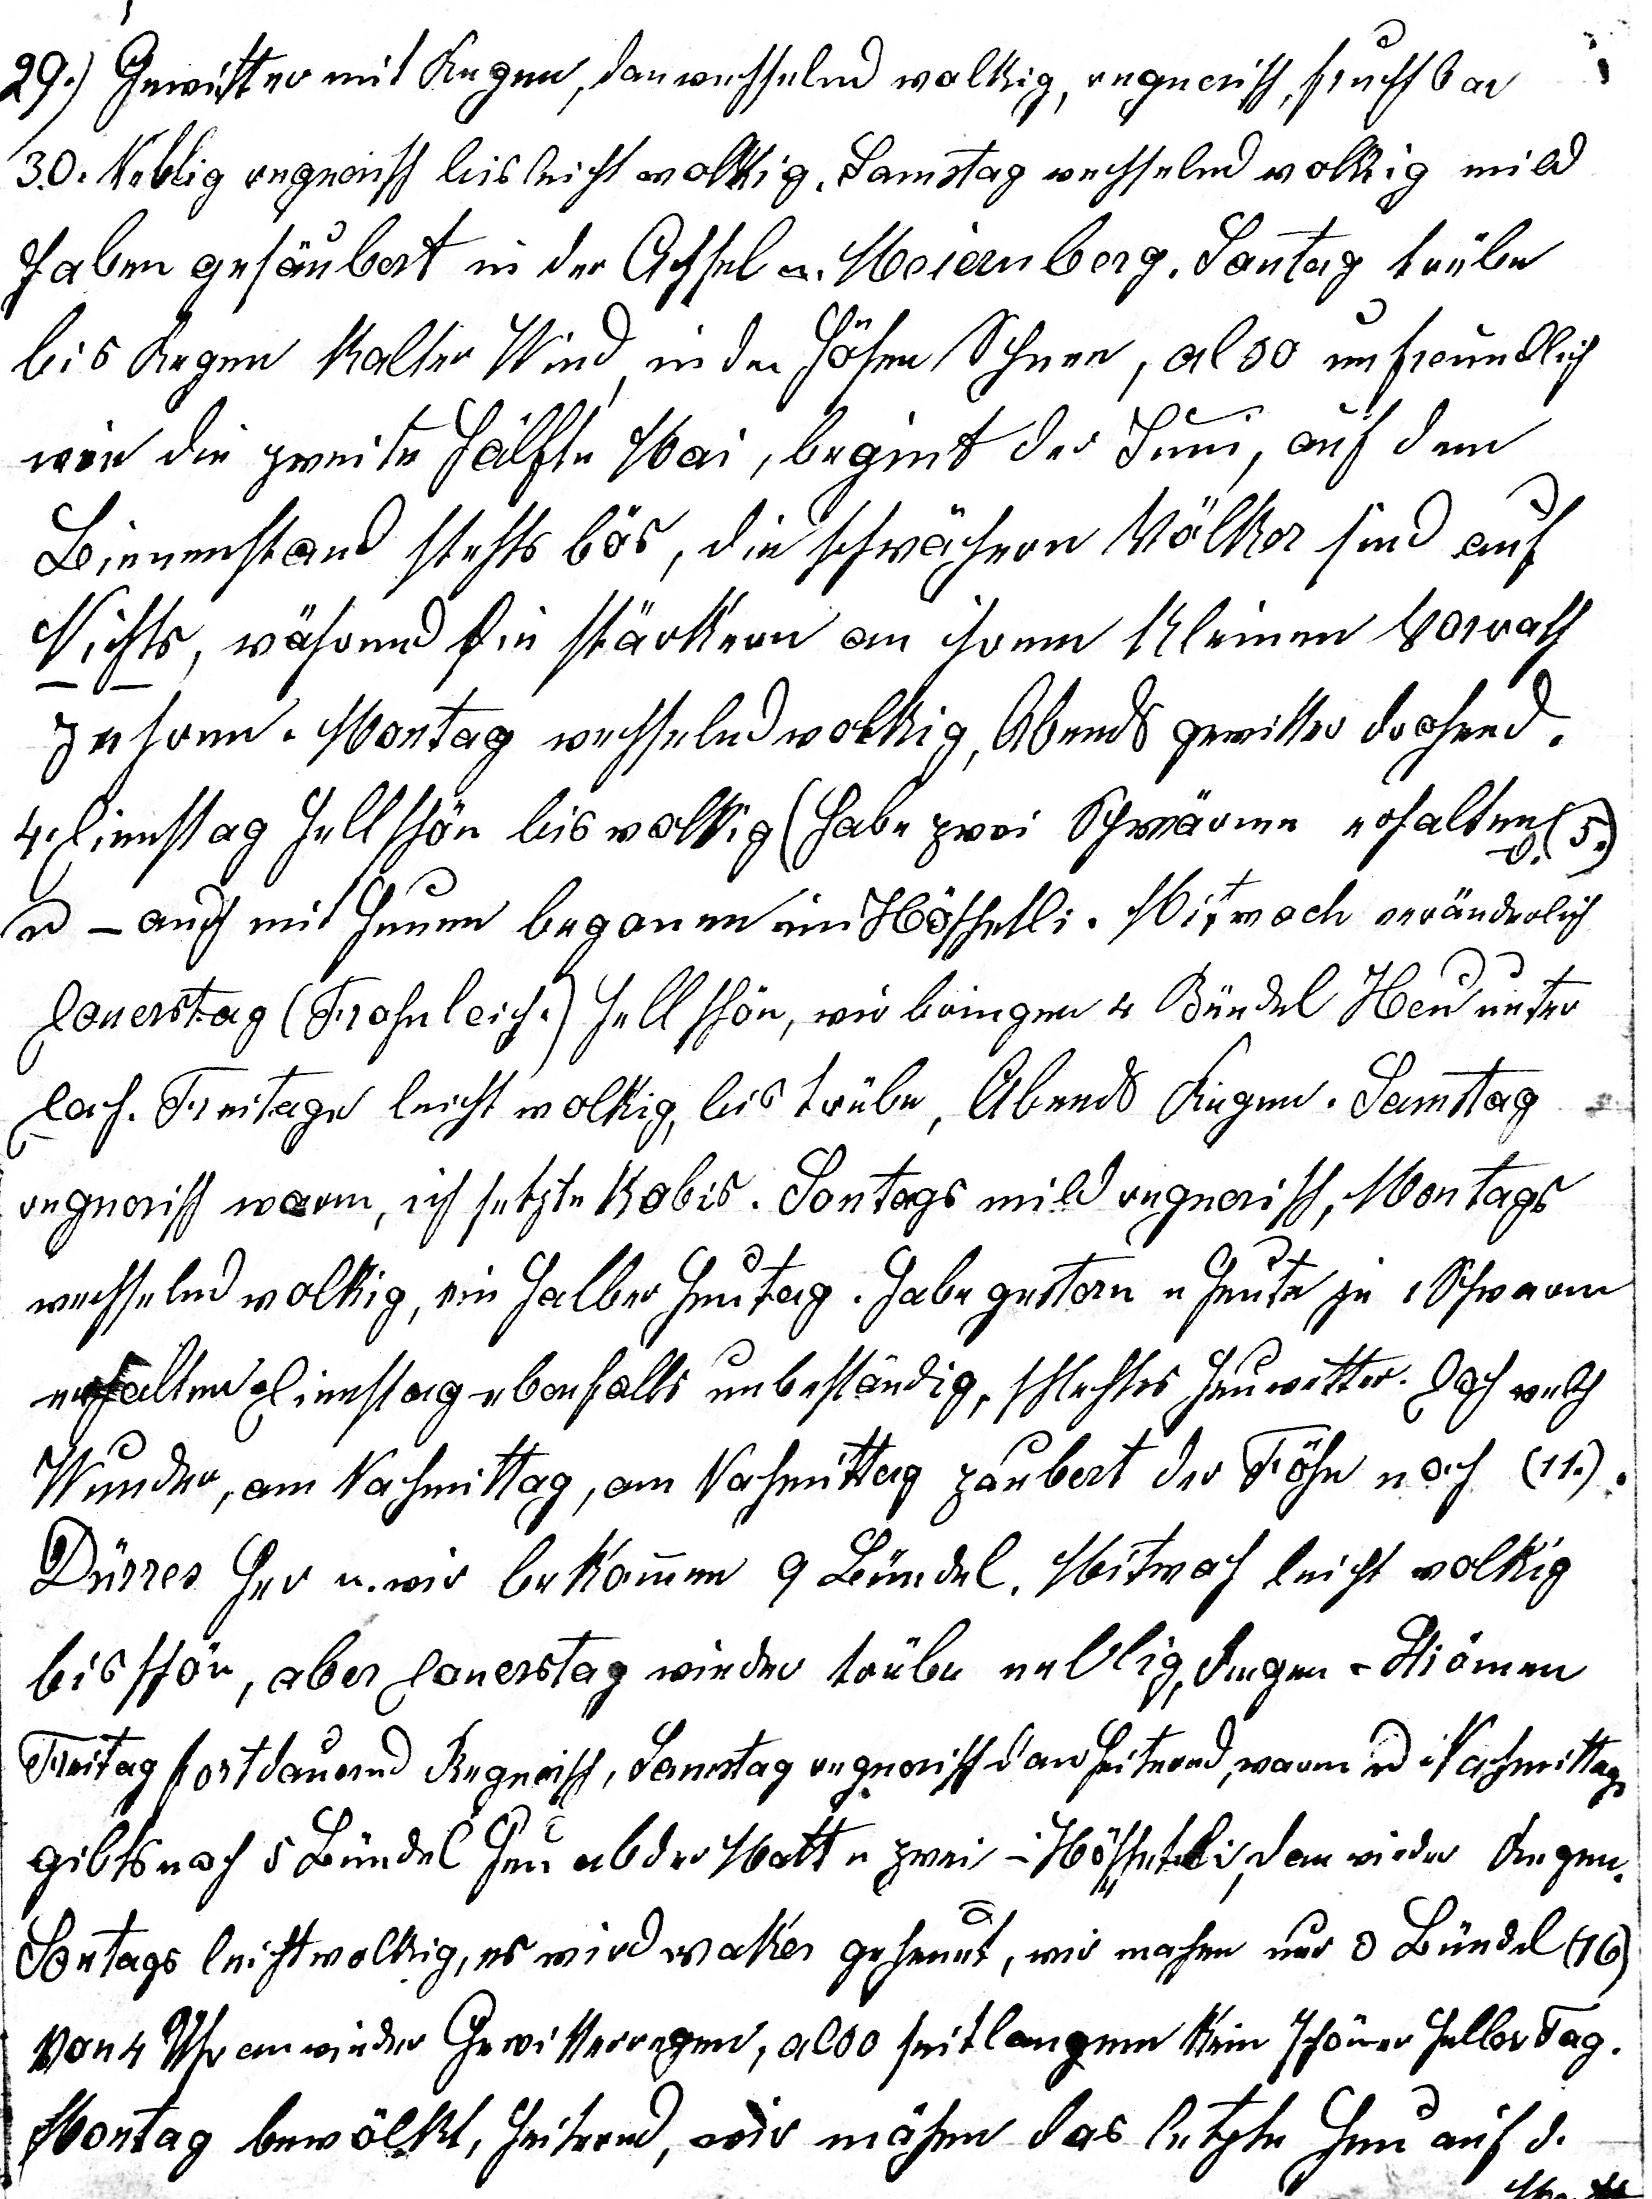
29. Gewitter mit Regen, dan wechselnd wolkig, regnerisch, fruchtbar.

30. Neblig regnerisch bis leicht wolkig. Samstag wechselnd wolkig mild
haben gesäubert in der Achsel u Meienberg. Sontag trübe
bis Regen kalter Wind, in den Höhen Schnee, also unfreundlich
wie die zweite Hälfte Mai, begint der Juni, auf dem
Bienenstand stehts bös, die schwächeren Völker sind auf
Nichts, während die stärkeren an ihrem kleinen Vorrat
zehren. Montag wechselnd wolkig, Abends Gewitter drohend.
4. Dienstag hell schön bis wolkig habe zwei Schwärme erhal¬ten (d.5.)
u – auch mit heuen begonen im Höschetli. Mitwoch veränderlich
Donerstag (Frohnleich.) hell schön, wir bringen 4 Bündel Heu unter
Dach. Frei¬tags leicht wolkig, bis trübe, Abends Regen. Samstag
regnerisch warm, ich setze Kabis. Sontags mild regnerisch Montags
wechselnd wolkig, ein halber Heutag. Habe gestern u heute je 1 Schwarm
erhalten. Dienstag ebenfalls unbe¬ständig, schlechtes Juniwetter. Doch welch
Wunder, am Nachmittag zaubert der Föhn noch (11.)
Dürres her u wir bekommen 9 Bündel. Mitwoch leicht wolkig
bis schön, aber Donerstag wieder trübe neblig, Regen in Strömen
Freitag fortdauernd Regnerisch, Samstag regnerisch dan heiternd, warm u Nachmittags
gibt’s noch 5 Bündel Heu ab der Matt u zwei im Höschetli,
es wird waker geheut, wir machen nur  3.Bündel (16.)
von 4 Uhr an wieder Gewitterregen, also seit langem kein schöner heller Tag.
Montag bewölkt, heiternd, wir mähen das letzte Heu auf d.  Matt